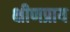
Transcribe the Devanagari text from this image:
क्षीणप्राय